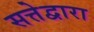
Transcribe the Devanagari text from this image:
सत्तेद्वारा